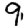
Digit: 9